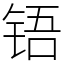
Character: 铻